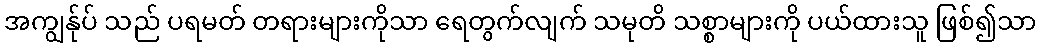
အကျွန်ုပ် သည် ပရမတ် တရားများကိုသာ ရေတွက်လျက် သမုတိ သစ္စာများကို ပယ်ထားသူ ဖြစ်၍သာ